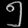
Digit: ၅